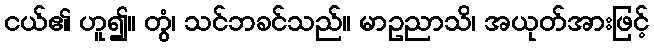
ငယ်၏ ဟူ၍။ တွံ၊ သင်ဘခင်သည်။ မာဥညာသိ၊ အယုတ်အားဖြင့်